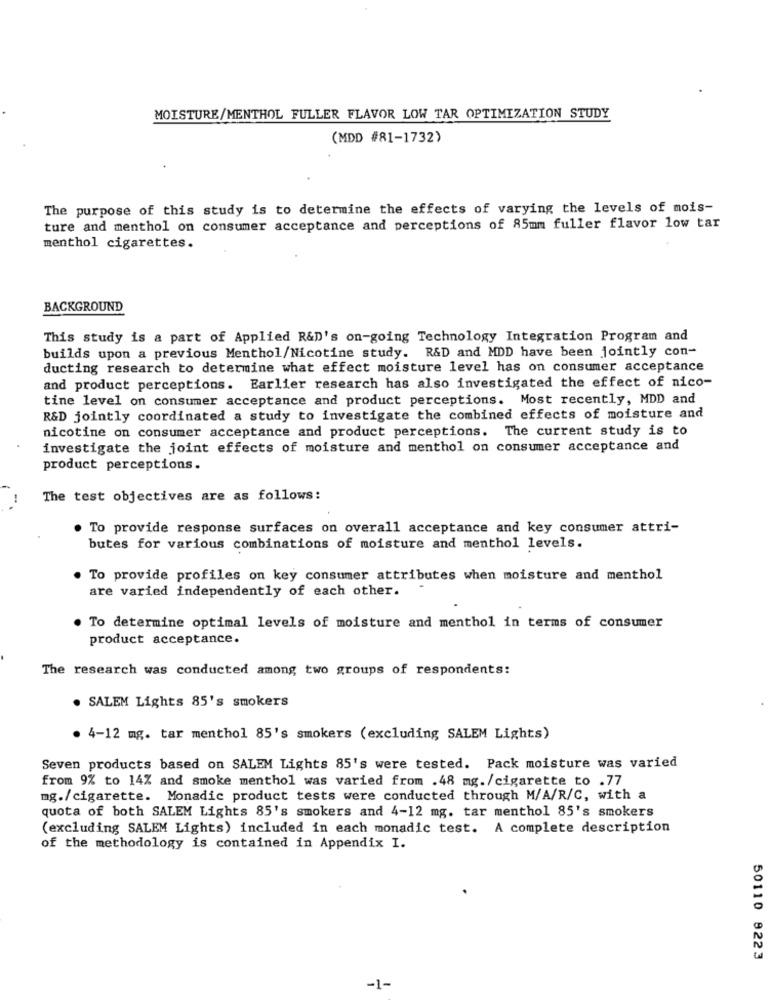
MOISTURE/MENTHOL FULLER FLAVOR LOW TAR OPTIMIZATION STUDY
(MDD #81-1732)
The purpose of this study is to determine the effects of varying the levels of mois-
ture and menthol on consumer acceptance and perceptions of 85mm fuller flavor low tar
menthol cigarettes.
BACKGROUND
This study is a part of Applied R&D's on-going Technology Integration Program and
builds upon a previous Menthol/Nicotine study. R&D and MDD have been jointly con-
ducting research to determine what effect moisture level has on consumer acceptance
and product perceptions. Earlier research has also investigated the effect of nico-
tine level on consumer acceptance and product perceptions. Most recently, MDD and
R&D jointly coordinated a study to investigate the combined effects of moisture and
nicotine on consumer acceptance and product perceptions. The current study is to
investigate the joint effects of moisture and menthol on consumer acceptance and
product perceptions.
The test objectives are as follows:
To provide response surfaces on overall acceptance and key consumer attri-
butes for various combinations of moisture and menthol levels.
To provide profiles on key consumer attributes when moisture and menthol
are varied independently of each other.
. To determine optimal levels of moisture and menthol in terms of consumer
product acceptance.
The research was conducted among two groups of respondents:
. SALEM Lights 85's smokers
. 4-12 mg. tar menthol 85's smokers (excluding SALEM Lights)
Seven products based on SALEM Lights 85's were tested. Pack moisture was varied
from 9% to 14% and smoke menthol was varied from .48 mg./cigarette to .77
mg./cigarette. Monadic product tests were conducted through M/A/R/C, with a
quota of both SALEM Lights 85's smokers and 4-12 mg. tar menthol 85's smokers
(excluding SALEM Lights) included in each monadic test. A complete description
of the methodology is contained in Appendix I.
50110 8223
-1-